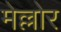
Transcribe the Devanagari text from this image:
मेल्लोर